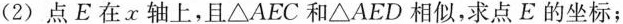
(2)点E在x轴上，且△AEC和△AED相似，求点E的坐标；